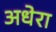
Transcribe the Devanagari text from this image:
अधेरा